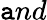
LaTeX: \mathtt{a}nd